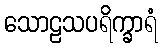
သောဠသပရိက္ခာရံ